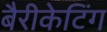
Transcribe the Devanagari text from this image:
बैरीकेटिंग